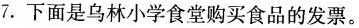
7.下面是乌林小学食堂购买食品的发票。